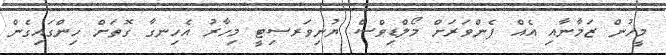
މީހުން ޒަމާނާއި އެއް ފެންވަރަށް މޯލްޑިވްސް ޔުނިވަރސިޓީ މިހާރު އެހިނގާ ގޮތަށް ހިންގައިގެން